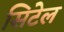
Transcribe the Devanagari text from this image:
सिटेल